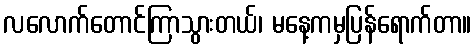
လလောက်တောင်ကြာသွားတယ်၊ မနေ့ကမှပြန်ရောက်တာ။